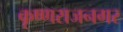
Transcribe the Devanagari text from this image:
कृष्णराजनगर